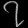
Digit: ၇